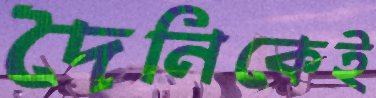
দৈনিকেই